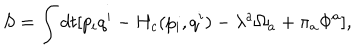
S = \int d t [ p _ { i } q ^ { i } - H _ { c } ( p _ { i } , q ^ { i } ) - \lambda ^ { a } \Omega _ { a } + \pi _ { a } \Phi ^ { a } ] ,